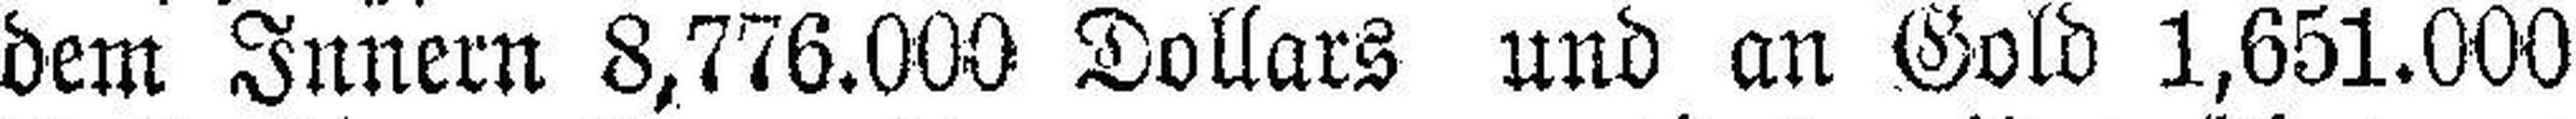
dem Innern 8,776.000 Dollars und an Gold 1,651.000